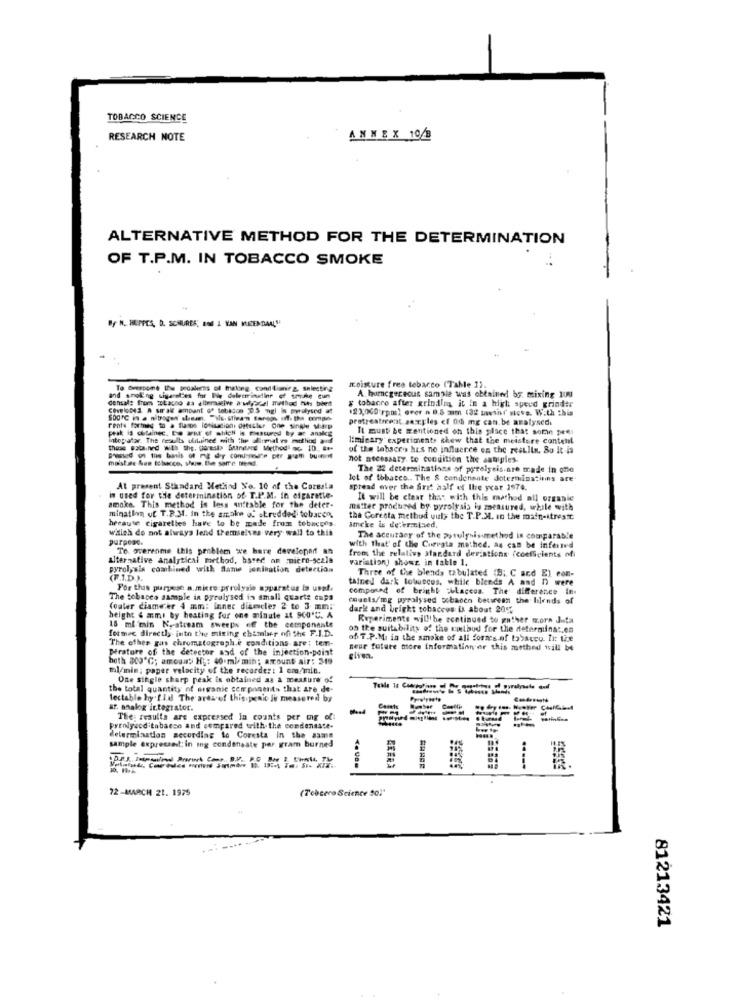
TOBACCO SCIENCE
RESEARCH NOTE
ANNEX 10/8
ALTERNATIVE METHOD FOR THE DETERMINATION
OF T.P.M. IN TOBACCO SMOKE
By N. HEPPES, D. SCHURES, end 1 VAN MEERDANL"
To Overcome the peoalens of making, cond tionirz, selecting
moisture fres tobacco (Table 1)
densal: from aLapoo as allemalw a wy>cel method hits bbet
and smok'ng wireles for ------ --- un
§ tobacco after grinding it in a high speed grinder
A. hurncgeceous sample was obtained by mixing 100
CoveloDe A wirak amount of tobaton 0.5 ngl is pyalysed at
(2),000 rpm) over a 0.5 mm (32 tavshf steve. With this
500TC is a nitrogen steam, "ils. Slivan fareos off. the compo-
pretreatment sayles <f 06 me can. be analysed
rente formes to a flambe lonisation. detscler One Single Mitrp
peak is chuinec. De war of which is msund by az anki
Il must be mentioned on this place that some peer
intepalar. The results ulikinee with the alltmal ve method and
limicary experiments shew that the moisture content
those sola.ned with the, paresia Sundtand Method" ac 10. ***
of the labsces has no influence on the restlin, So It is
maistas See tobacco, show the same trend
not necessary to condition the antiples.
The 22 determinations of pyrolysis.are trade in one
lot of tobacco .. The & condensate Joterminations are
At present Standard Method No. 10 of the Coresla
spread over the first half of Ihre ycar 1974.
smoke. This method is less un'table for the deter-
is used for the determination of T.P.M. In cigarette-
It will be clear that with this method all organie
matter produced by pyrolysis is measured, while with
mination of T.P.M. In the smake of shredded tobacco
herause cigarelles have to be made from tobaccos.
the Coresta method vily the T.P.ML. In the main-itrest.
which do not always lend themselves very wall to this
ameke is determined,
purpose.
The accuracy of the porulynismethod in comparable
Te grerenme this problem we have developed an
with that' of the Cureata method. as can be inferred
alternative analytical method, based on mmicro-scale
from the relative standard deristions (coefficients ofi
variationy shows in table 1.
pyrolysis combined with Same ionination detection
Three of the blends tabulated (8; C acd E) com-
(F.I.D.).
tained dark tobuscus, while blends A and 1) were
For this purpose a. mixte prrolysis apparatus la uns !.
composed of bright "ULacces. The difference in.
The tobacco sample in pyrolysed in small quarts cups
cauets/mg pyrolysed scbacco between the bilends of
Couler diameter 4 mm: inner diaescler 2 to 3 mm;
dark and bright tobaccos ik about 20%
height & mms by heating for one minute at 960'℃. A
Rvperimente will be continued to gather worn Juta
formec directly into the mixing chamber of the F.I.D.
15 ml min N, stream sweeps of the cemponante
on the suitability of the southod for the determina :. en
The ethes gas chromatograph e conditions are; tem-
of T.P.M. in the smoke of all forms.of tobacco. li: tie
Prature of the detector and of the injection-point
near future more information or this monthed will be
hoth 309℃; amount Hy : 40 ml/ min; amount air: 349
ml/min; paper velocity of the recorder: 1 cmo/min.
One single sharp peak is obtained as a measure of
the total quantity of organic components that are de-
tectable hy fld The area of this penic is measured by
ar. ohalog integrator.
The: results are expressed In counts per og of!
pyrolyscd tabacco and compared with the condensate-
determination according to Coresta in the same
sample expressed; in ing condensate par gram burned
REFRA
72 -MARCH 21. 1975
(Tebcero Science 201"
81213421